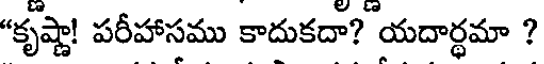
"కృష్ణా! పరీహాసము కాదుకదా? యదార్థమా ?